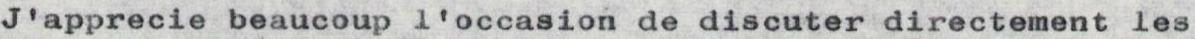
J'apprecie beaucoup l'occasion de discuter directement les